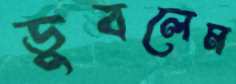
ডুবলেম